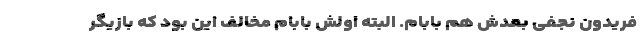
فریدون نجفی بعدش هم بابام. البته اولش بابام مخالف این بود که بازیگر